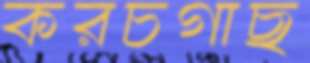
করচগাছ